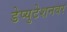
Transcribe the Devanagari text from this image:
डेप्युटेशनवर